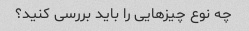
چه نوع چیزهایی را باید بررسی کنید؟